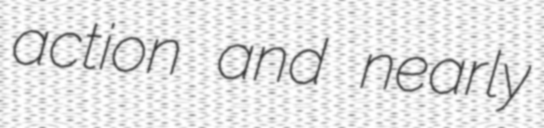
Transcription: action and nearly